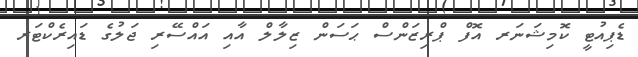
ޑެޕިއުޓީ ކޮމިޝަނަރ އޮފް ޕްރިޒަންސް ޙަސަން ޒިލާލް އާއި އައްސޭރި ޖަލުގެ ޑައިރެކްޓަރ